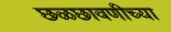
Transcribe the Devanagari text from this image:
छळछावणीच्या